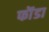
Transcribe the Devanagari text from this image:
फॊंडा